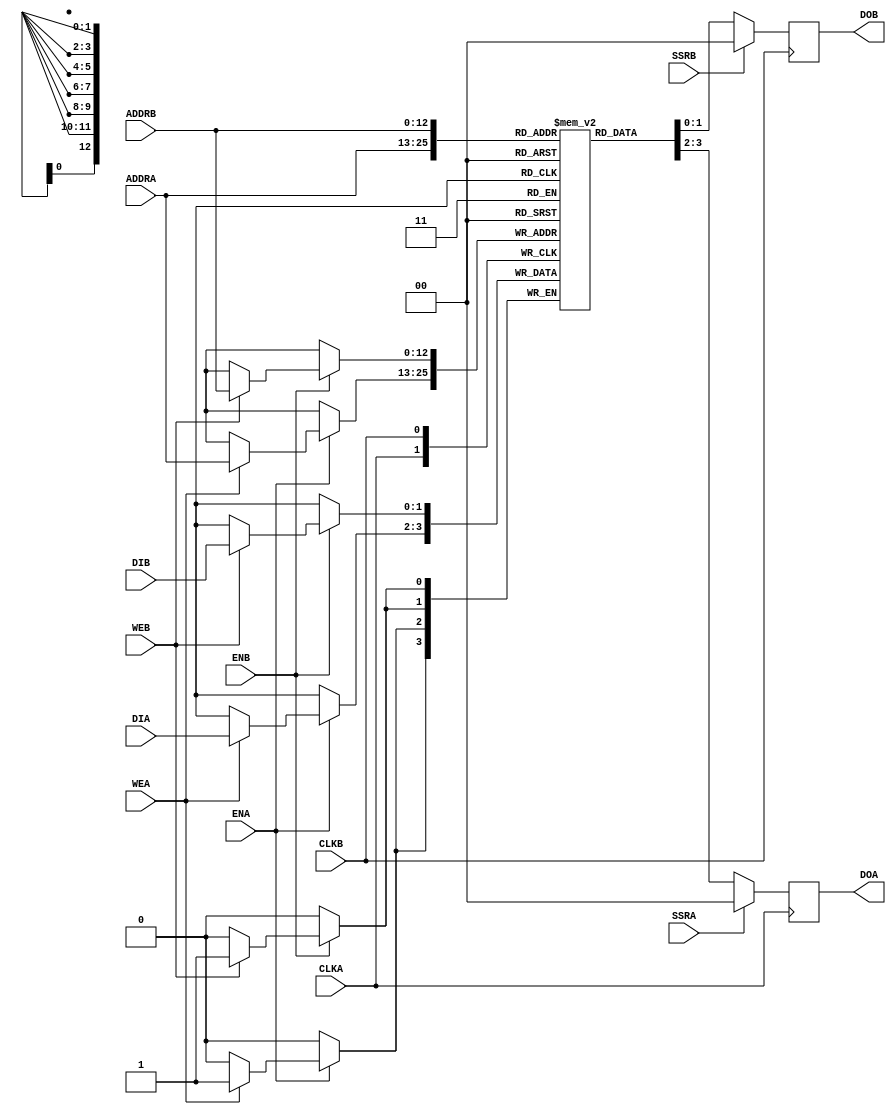
module bram_model (DIA, DIB, ENA, ENB, WEA, WEB, SSRA, SSRB, CLKA, CLKB, ADDRA, ADDRB, DOA, DOB);

   parameter           data_w = 2;
   parameter           addr_w = 13;
   input [data_w-1:0]  DIA;
   input [data_w-1:0]  DIB;
   input               ENA;
   input               ENB;
   input               WEA;
   input               WEB;
   input               SSRA;
   input               SSRB;
   input               CLKA;
   input               CLKB;
   input [addr_w-1:0]  ADDRA;
   input [addr_w-1:0]  ADDRB;
   output [data_w-1:0] DOA;
   output [data_w-1:0] DOB;

   reg [data_w-1:0]    MEM[2**addr_w-1:0];
   reg [data_w-1:0]    DOA_q;
   reg [data_w-1:0]    DOB_q;


   initial begin: init
      integer i;
      for (i = 0; i < 2**addr_w; i = i + 1)
         MEM[i] = 0;
   end

   always @(posedge CLKA) begin: BRAM_MODEL
      if (ENA) begin
         if (WEA) begin
            MEM[ADDRA] <= DIA;
         end
      end
   end

   always @(posedge CLKB) begin: BRAM_MODEL_B
      if (ENB) begin
         if (WEB) begin
            MEM[ADDRB] <= DIB;
         end
      end
   end

   always @(posedge CLKA) begin
      if (SSRA)
         DOA_q <= {data_w{1'b0}};
      else
         DOA_q <= MEM[ADDRA];
   end

   always @(posedge CLKB) begin
      if (SSRB)
         DOB_q <= {data_w{1'b0}};
      else
         DOB_q <= MEM[ADDRB];
   end

   assign DOA = DOA_q;
   assign DOB = DOB_q;

endmodule